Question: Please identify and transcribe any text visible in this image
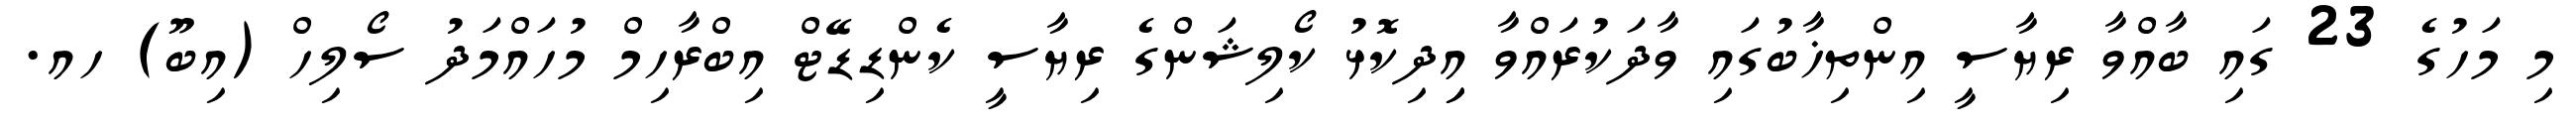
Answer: މި މަހުގެ 23 ގައި ބާއްވާ ރިޔާސީ އިންތިޚާބުގައި ވާދަކުރައްވާ އިިދިކޮޅު ކޯލިޝަންގެ ރިޔާސީ ކެންޑިޑޭޓް އިބްރާހިމް މުހައްމަދު ސޯލިހް (އިބޫ) ހއ.